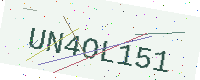
Text: UN4OL151